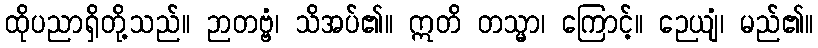
ထိုပညာရှိတို့သည်။ ဉာတဗ္ဗံ၊ သိအပ်၏။ ဣတိ တသ္မာ၊ ကြောင့်။ ဉေယျံ၊ မည်၏။